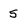
Character: 5